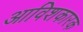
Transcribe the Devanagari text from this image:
आविशकारक